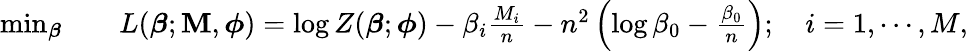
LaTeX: \begin{array}{rl}{\operatorname*{min}_{\boldsymbol{\beta}}}&{{}\quad L(\boldsymbol{\beta};\mathbf{M},\boldsymbol{\phi})=\log Z(\boldsymbol{\beta};\boldsymbol{\phi})-\beta_{i}\frac{M_{i}}{n}-n^{2}\left(\log\beta_{0}-\frac{\beta_{0}}{n}\right);\quad i=1,\cdots,M,}\end{array}